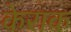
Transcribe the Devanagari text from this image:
केराक